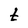
Character: t